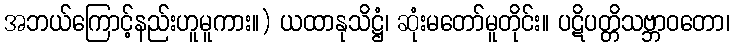
အဘယ်ကြောင့်နည်းဟူမူကား။) ယထာနုသိဋ္ဌံ၊ ဆုံးမတော်မူတိုင်း။ ပဋိပတ္တိသဗ္ဘာဝတော၊